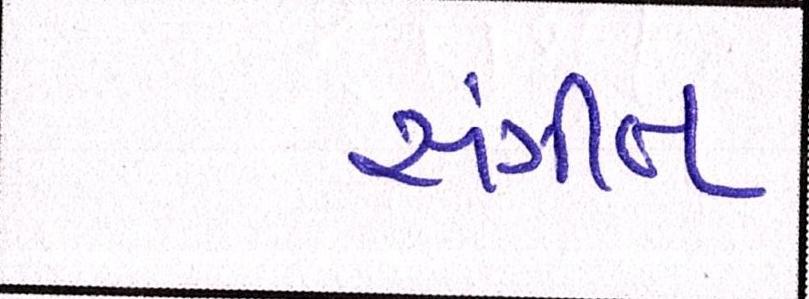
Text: સંગીત